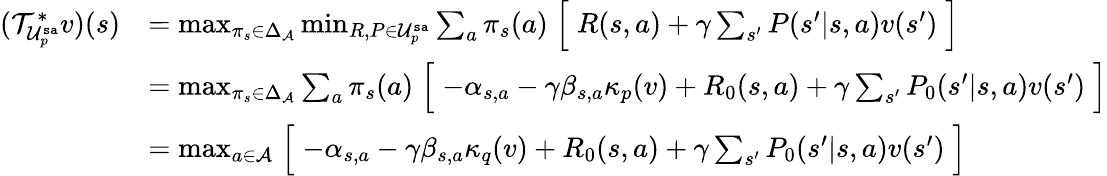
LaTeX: \begin{array}{rl}{(\mathcal{T}_{\mathcal{U}_{p}^{\mathtt{sa}}}^{*}v)(s)}&{=\operatorname*{max}_{\pi_{s}\in\Delta_{\mathcal{A}}}\operatorname*{min}_{{R,P\in\mathcal{U}_{p}^{\mathtt{sa}}}}\sum_{a}\pi_{s}(a)\Bigm[R(s,a)+\gamma\sum_{s^{\prime}}P(s^{\prime}|s,a)v(s^{\prime})\Bigm]}\\ &{=\operatorname*{max}_{\pi_{s}\in\Delta_{\mathcal{A}}}\sum_{a}\pi_{s}(a)\Bigm[-\alpha_{s,a}-\gamma\beta_{s,a}\kappa_{p}(v)+R_{0}(s,a)+\gamma\sum_{s^{\prime}}P_{0}(s^{\prime}|s,a)v(s^{\prime})\Bigm]}\\ &{=\operatorname*{max}_{a\in\mathcal{A}}\Bigm[-\alpha_{s,a}-\gamma\beta_{s,a}\kappa_{q}(v)+R_{0}(s,a)+\gamma\sum_{s^{\prime}}P_{0}(s^{\prime}|s,a)v(s^{\prime})\Bigm]}\end{array}